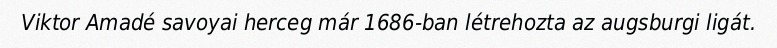
Viktor Amadé savoyai herceg már 1686-ban létrehozta az augsburgi ligát.